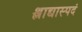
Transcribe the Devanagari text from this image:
श्लाद्यास्पदं